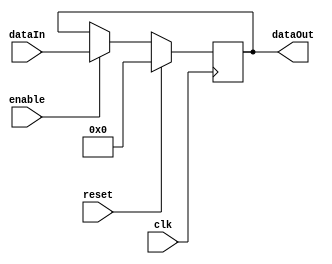

module context_reg (input clk, input reset, input enable, input [7:0] dataIn, 
	            output reg [7:0] dataOut);

	always @ (posedge clk) begin
		if(reset) dataOut <= 8'b0;
		else begin
			if (enable) dataOut <= dataIn;
		end
	end
endmodule